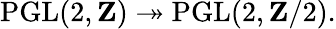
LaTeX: \operatorname{PGL}(2,\mathbf{Z})\twoheadrightarrow\operatorname{PGL}(2,\mathbf{Z}/2).